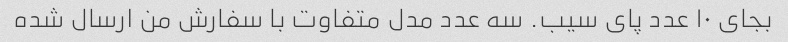
بجای ۱۰ عدد پای سیب. سه عدد مدل متفاوت با سفارش من ارسال شده